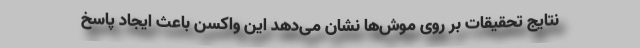
نتایج تحقیقات بر روی موش‌ها نشان می‌دهد این واکسن باعث ایجاد پاسخ